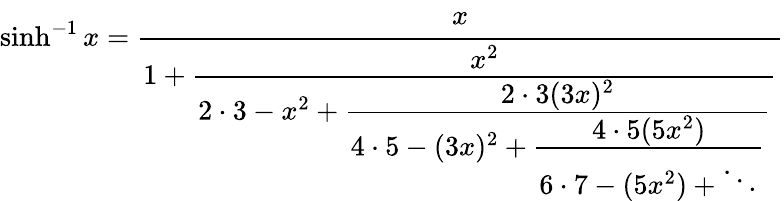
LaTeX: \sinh^{-1}x={\cfrac{x}{1+{\cfrac{x^{2}}{2\cdot 3-x^{2}+{\cfrac{2\cdot 3(3x)^{2}}{4\cdot 5-(3x)^{2}+{\cfrac{4\cdot 5(5x^{2})}{6\cdot 7-(5x^{2})+\ddots}}}}}}}}